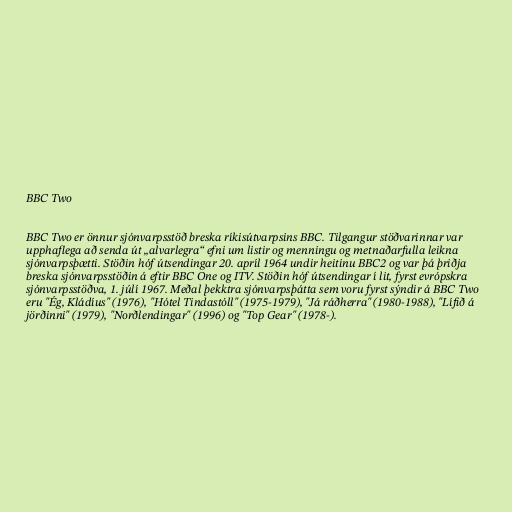
BBC Two

BBC Two er önnur sjónvarpsstöð breska ríkisútvarpsins BBC. Tilgangur stöðvarinnar var
upphaflega að senda út „alvarlegra“ efni um listir og menningu og metnaðarfulla leikna
sjónvarpsþætti. Stöðin hóf útsendingar 20. apríl 1964 undir heitinu BBC2 og var þá þriðja
breska sjónvarpsstöðin á eftir BBC One og ITV. Stöðin hóf útsendingar í lit, fyrst evrópskra
sjónvarpsstöðva, 1. júlí 1967. Meðal þekktra sjónvarpsþátta sem voru fyrst sýndir á BBC Two
eru "Ég, Kládíus" (1976), "Hótel Tindastóll" (1975-1979), "Já ráðherra" (1980-1988), "Lífið á
jörðinni" (1979), "Norðlendingar" (1996) og "Top Gear" (1978-).